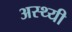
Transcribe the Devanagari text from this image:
अस्थ्यी